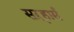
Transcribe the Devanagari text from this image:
सऱ्हार्स